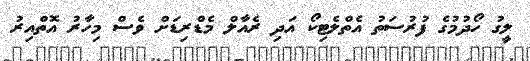
ލީގު ހޯދުމުގެ ފުރުސަތު އެތްލެޓިކޯ އަދި ރެއާލް މެޑްރިޑަށް ވެސް މިހާރު އޮތްއިރު